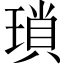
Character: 瑣